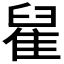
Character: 𨿀